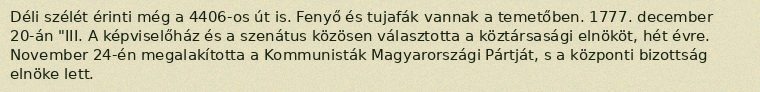
Déli szélét érinti még a 4406-os út is. Fenyő és tujafák vannak a temetőben. 1777. december 20-án "III. A képviselőház és a szenátus közösen választotta a köztársasági elnököt, hét évre. November 24-én megalakította a Kommunisták Magyarországi Pártját, s a központi bizottság elnöke lett.